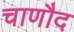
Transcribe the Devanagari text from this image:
चाणौद